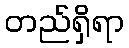
တည်ရှိရာ